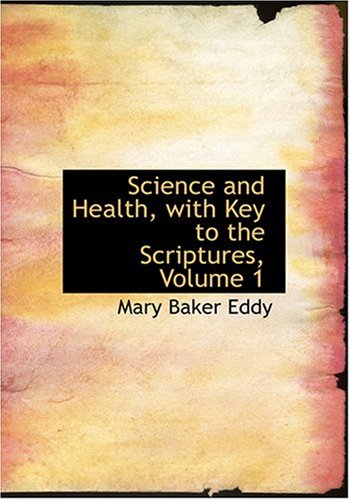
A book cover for Science and Health, with Key to the Scriptures, Volume 1 (Large Print Edition); Mary Baker Eddy; Christian Books & Bibles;